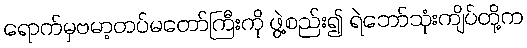
ရောက်မှဗမာ့တပ်မတော်ကြီးကို ဖွဲ့စည်း၍ ရဲဘော်သုံးကျိပ်တို့က